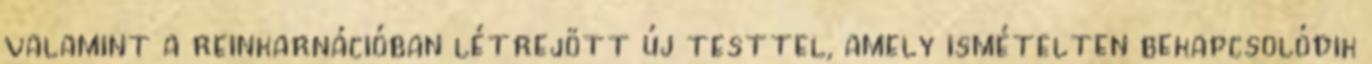
valamint a reinkarnációban létrejött új testtel, amely ismételten bekapcsolódik